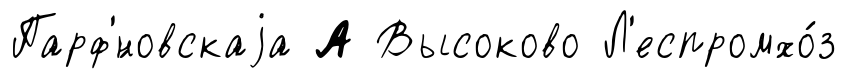
Парф'́новскаjа А Высоково Л'еспромхо́з